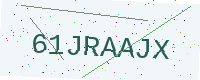
Text: 61JRAAJX